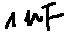
Text: 1µF